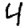
Digit: 4